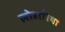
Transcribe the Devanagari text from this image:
लोहारिया